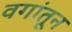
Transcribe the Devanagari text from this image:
वगांतून